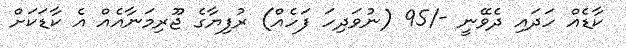
ކާޑެއް ހަދައި ދެވޭނީ -/95 (ނުވަދިހަ ފަހެއް) ރުފިޔާގެ ޖޫރިމަނާއެއް އެ ކާޑަކަށް